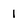
Character: 1